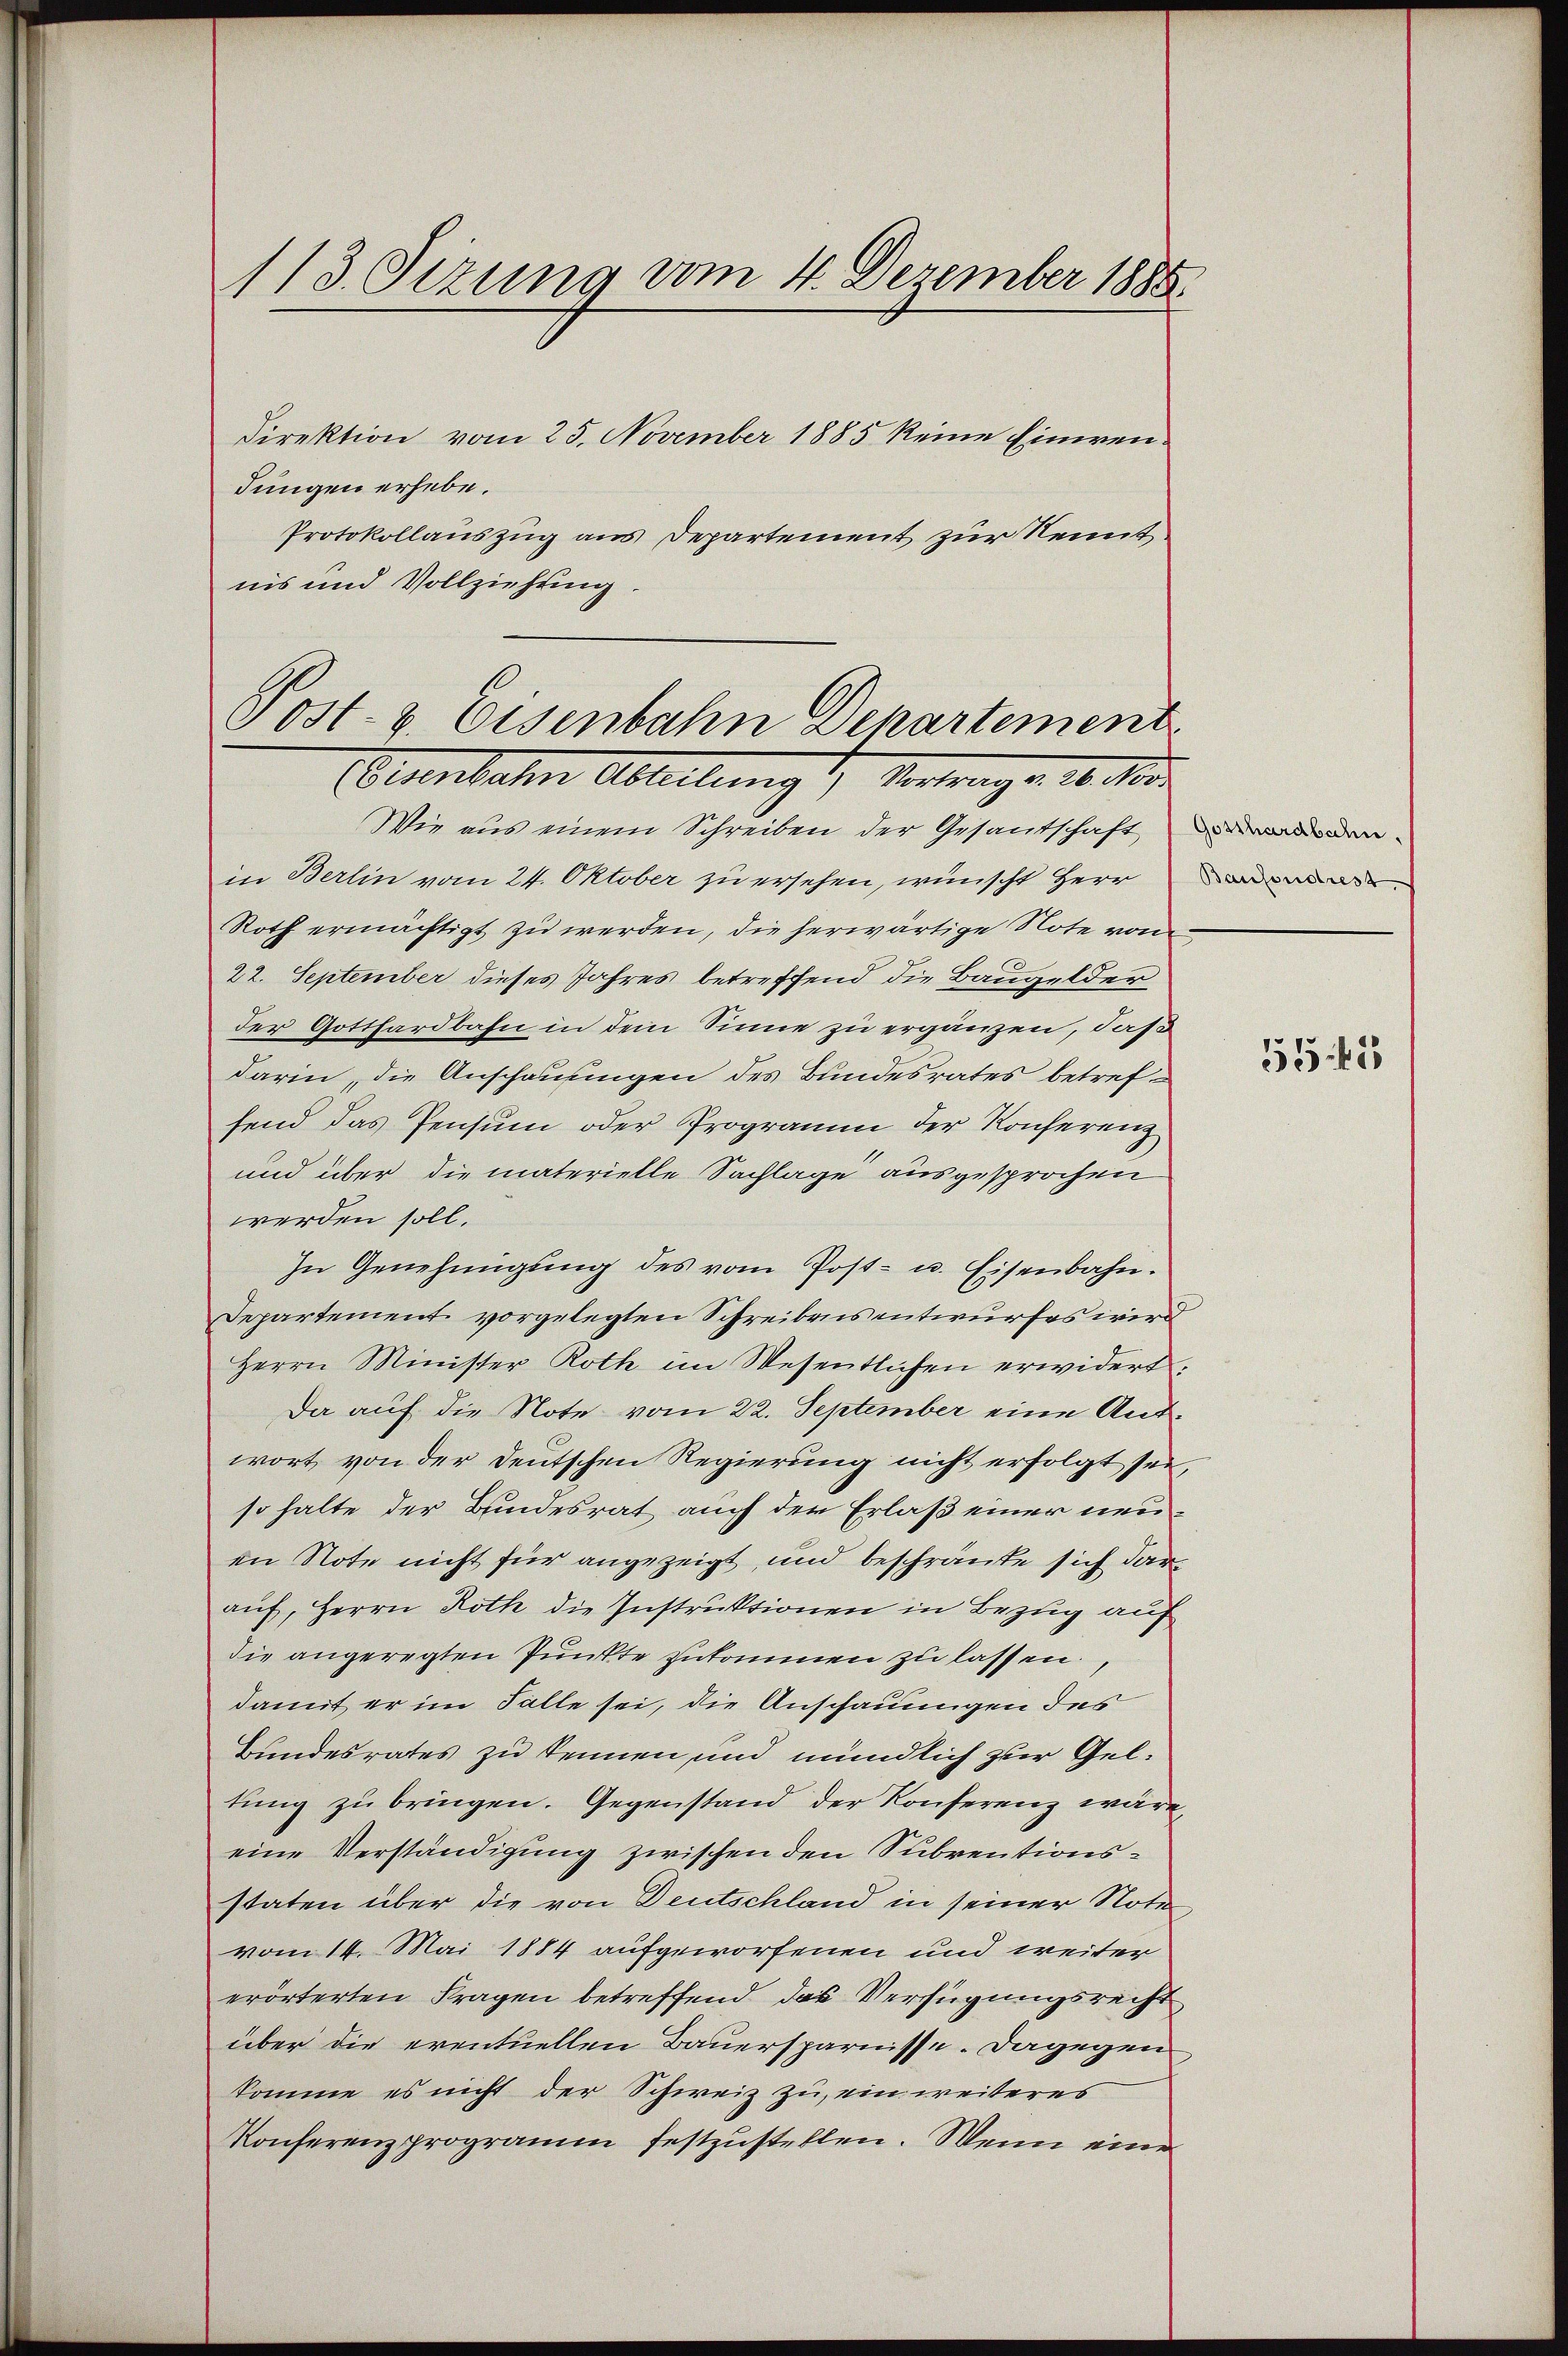
113. Sizung vom 4. Dezember 1888.

Direktion vom 25. November 1885 keine Einwendungen erhebe.
Protokollauszug aus Departement zur Kennt
nis und Vollziehung.

Post- & Eisenbahn Departement
Bierbaten Abteilung & Vertrage. 10. d.

Wie aus einem Schreiben der Gesantschaft den
in Berlin vom 24. Oktober zu ersehen, wünscht Herre
Roth ermächtigt zu werden, die herwärtige Note von
22. September dieses Jahres betreffend die Baugelder
der Gotthardbahn in dem Sinne zu ergänzen, daß
darin, die Anschausungen des Bundesrates betreffend das Pensum oder Programm der Konferenz
und über die materielle Sachlage ausgesprochen
werden soll.
In Genehmigŭng des vom Post- u. Eisenbahn.
Departement vorgelegten Schreibens entwurfes wird
Herrn Minister Roth im Wesentlichen erwidert.
Da auf die Note vom 22. September eine Antwort, von der Deutschen Regierung nicht erfolgt sei,
so halte der Bundesrat auch der Erlaß einer neuen Note nicht für angezeigt, und beschränke sich darauf, Herrn Roth die Instruktionen in Bezug auf
die angeregten Punkte zukommen zu lassen.
damit er im Falle sei, die Anschauungen des
Bundesrates zu kennen, und mündlich zur Geltung zu bringen. Gegenstand der Konferenz wäre,
eine Verständigung zwischen den Subventionsstaten über die von Deutschland in seiner Note
vom 14. Mai 1884 aufgeworfenen und weiter
erörterten Fragen betreffend das Verfügungsrecht
über die eventuellen Bauersparnisse. Dagegen
komme es nicht der Schweiz zu, ein weiteres
Konferenzprogramm festzustellen. Wenn eine

5545